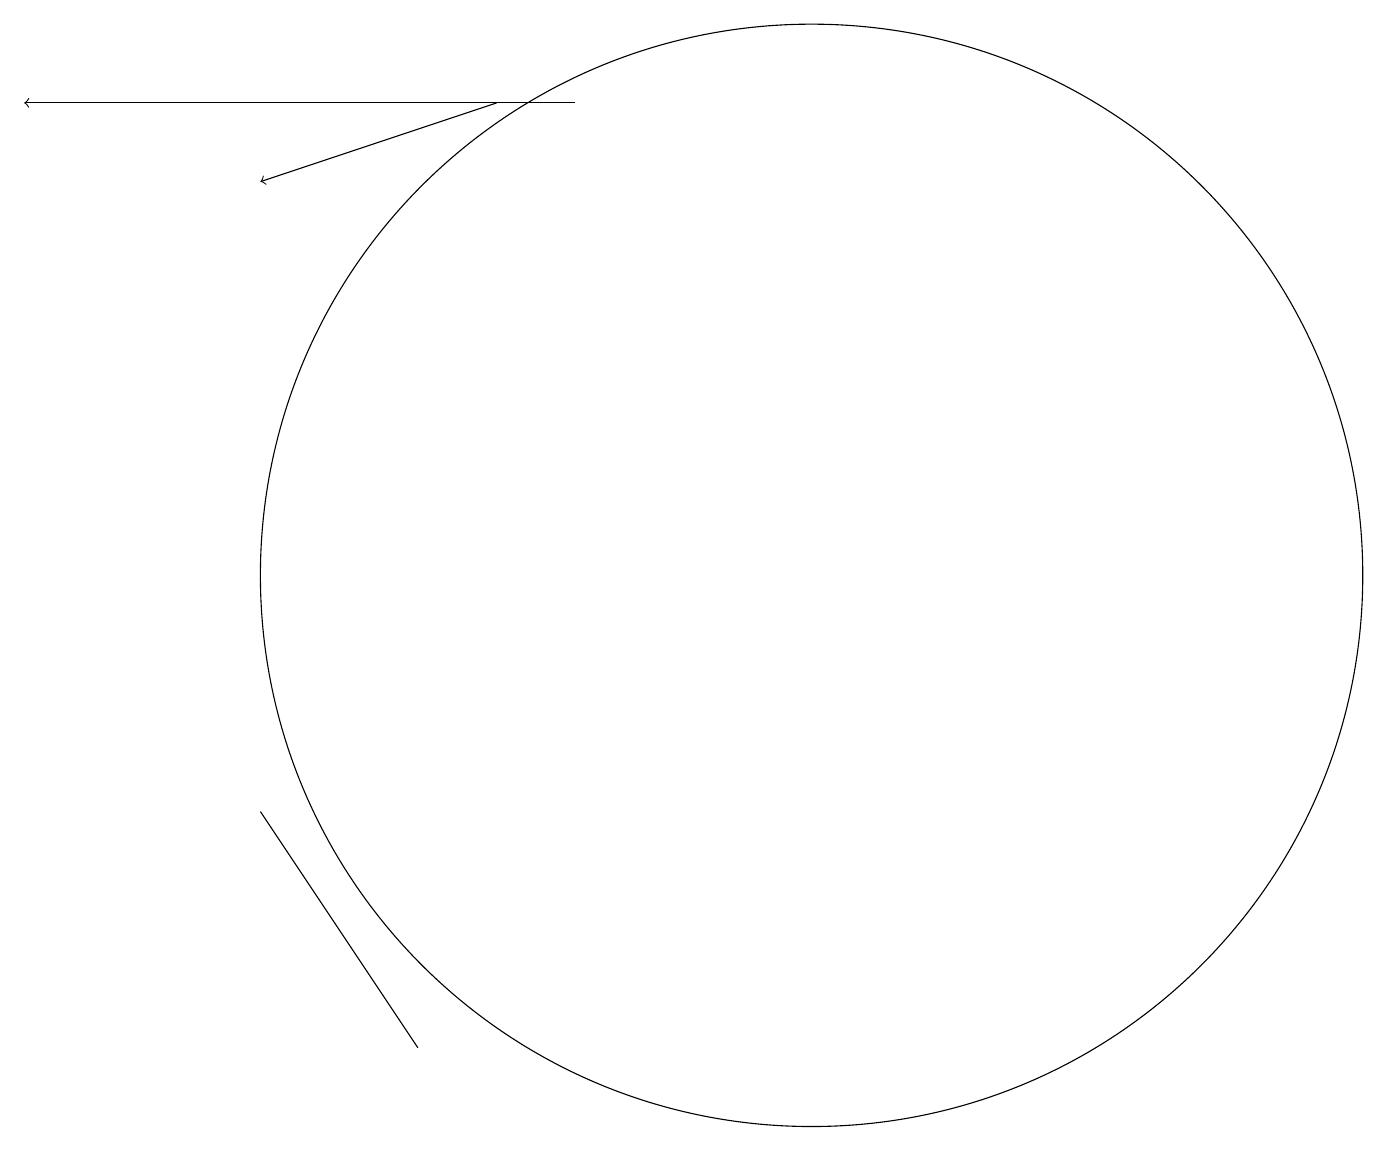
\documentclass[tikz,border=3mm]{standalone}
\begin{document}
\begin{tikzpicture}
\draw[->] (7,16) -- (4,15);
\draw (6,4) -- (6,4) -- (4,7) -- cycle;
\draw (11,10) circle (7);
\draw[->] (8,16) -- (1,16);
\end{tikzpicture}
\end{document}